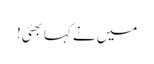
میں نے کہا بھئی!